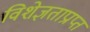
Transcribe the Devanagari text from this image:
विशेज्ञताप्राप्त